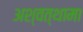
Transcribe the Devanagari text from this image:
अश्‍वत्थामा